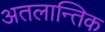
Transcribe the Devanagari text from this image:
अतलान्तिक